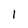
Character: l